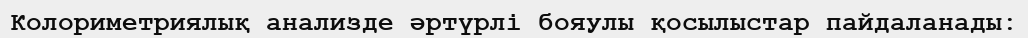
Колориметриялық анализде әртүрлі бояулы қосылыстар пайдаланады: